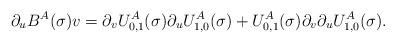
LaTeX: \begin{align*}\partial_u B^A(\sigma)v=\partial_v U^A_{0,1}(\sigma)\partial_u U^A_{1,0}(\sigma)+U^A_{0,1}(\sigma)\partial_v \partial_u U^A_{1,0}(\sigma).\end{align*}